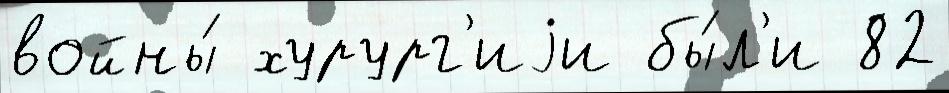
войны́ хурург'иjи бы́л'и 82